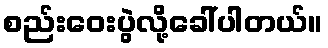
စည်းဝေးပွဲလို့ခေါ်ပါတယ်။